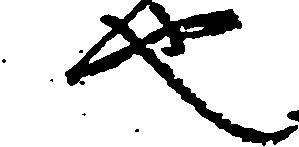
也